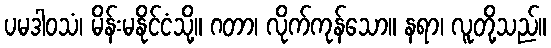
ပမဒါဝသံ၊ မိန်းမနိုင်ငံသို့။ ဂတာ၊ လိုက်ကုန်သော။ နရာ၊ လူတို့သည်။